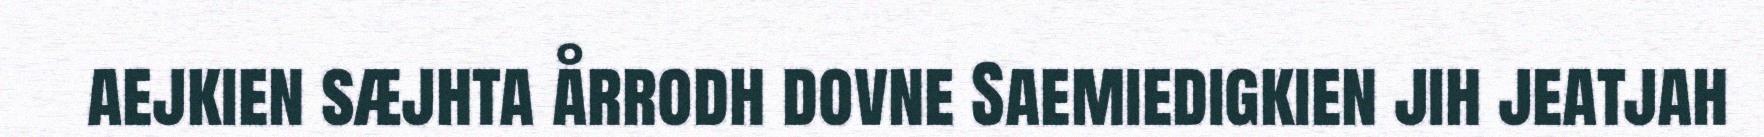
aejkien sæjhta årrodh dovne Saemiedigkien jih jeatjah